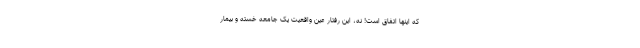
که اینها اتفاق است! نه، این رفتار عین واقعیت یک جامعه خسته و بیمار